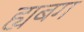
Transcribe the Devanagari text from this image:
ह्यबग